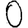
Digit: 0